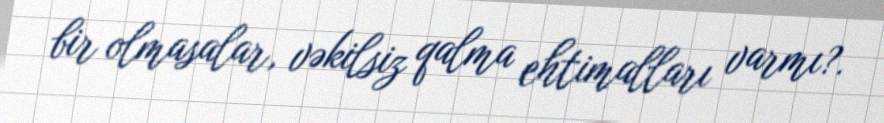
bir olmasalar, vəkilsiz qalma ehtimalları varmı?.